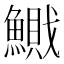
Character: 𱆽